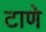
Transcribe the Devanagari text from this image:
टाणे